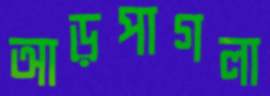
আড়পাগলা